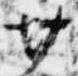
廿